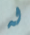
له